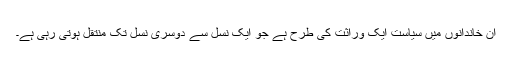
ان خاندانوں میں سیاست ایک وراثت کی طرح ہے جو ایک نسل سے دوسری نسل تک منتقل ہوتی رہی ہے۔